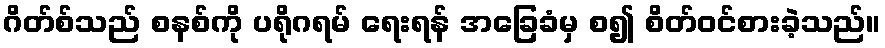
ဂိတ်စ်သည် စနစ်ကို ပရိုဂရမ် ရေးရန် အခြေခံမှ စ၍ စိတ်ဝင်စားခဲ့သည်။